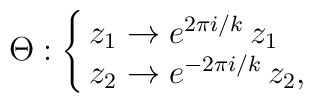
\Theta:\cases{ z_1 \to e^{2\pi i/k}\, z_1 \cr              z_2 \to e^{-2\pi i/k}\, z_2,\cr}